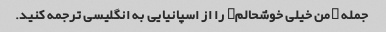
جمله "من خیلی خوشحالم" را از اسپانیایی به انگلیسی ترجمه کنید.